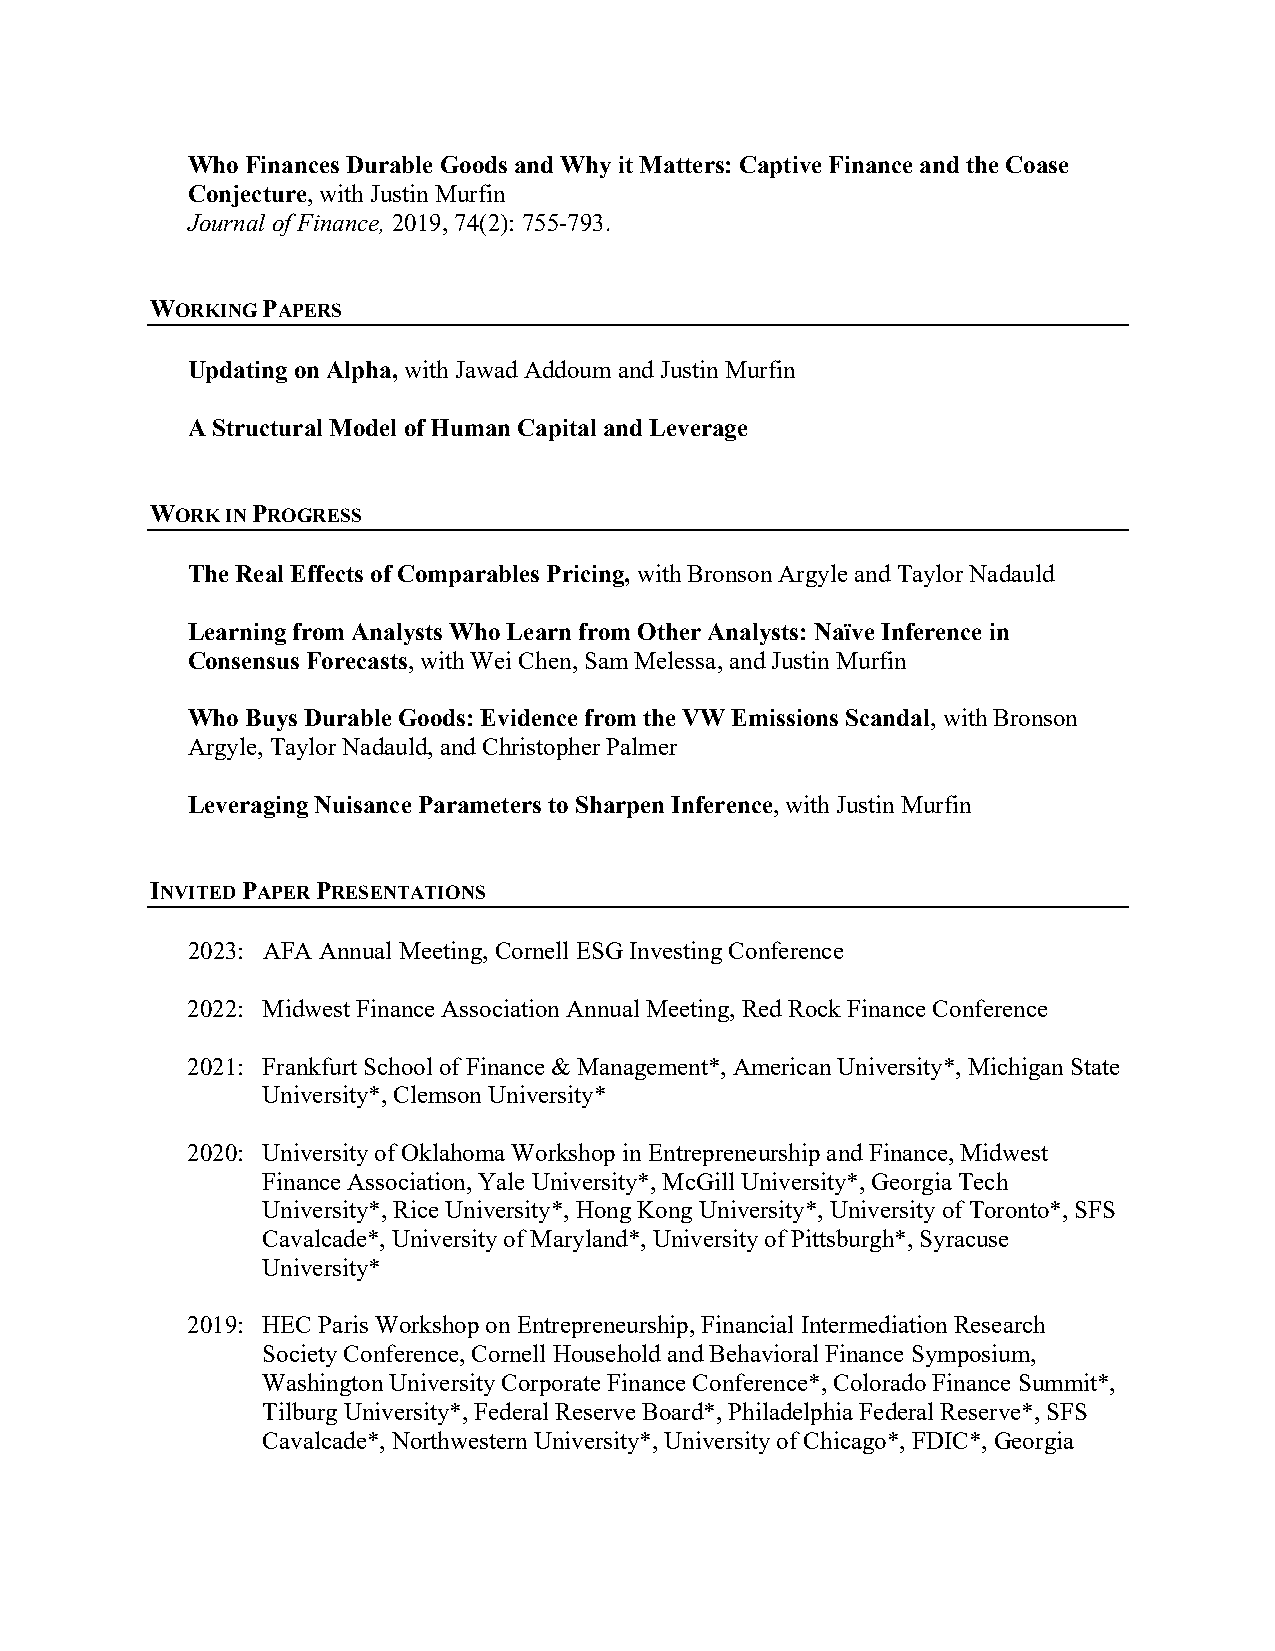
Who Finances Durable Goods and Why it Matters: Captive Finance and the Coase
 Conjecture, with Justin Murfin
 Journal of Finance, 2019, 74(2): 755-793.
 WORKING PAPERS
 Updating on Alpha, with Jawad Addoum and Justin Murfin
 A Structural Model of Human Capital and Leverage
 WORK IN PROGRESS
 The Real Effects of Comparables Pricing, with Bronson Argyle and Taylor Nadauld
 Learning from Analysts Who Learn from Other Analysts: Naïve Inference in
 Consensus Forecasts, with Wei Chen, Sam Melessa, and Justin Murfin
 Who Buys Durable Goods: Evidence from the VW Emissions Scandal, with Bronson
 Argyle, Taylor Nadauld, and Christopher Palmer
 Leveraging Nuisance Parameters to Sharpen Inference, with Justin Murfin
 INVITED PAPER PRESENTATIONS
 2023: AFA Annual Meeting, Cornell ESG Investing Conference
 2022: Midwest Finance Association Annual Meeting, Red Rock Finance Conference
 2021: Frankfurt School of Finance & Management*, American University*, Michigan State
 University*, Clemson University*
 2020: University of Oklahoma Workshop in Entrepreneurship and Finance, Midwest
 Finance Association, Yale University*, McGill University*, Georgia Tech
 University*, Rice University*, Hong Kong University*, University of Toronto*, SFS
 Cavalcade*, University of Maryland*, University of Pittsburgh*, Syracuse
 University*
 2019: HEC Paris Workshop on Entrepreneurship, Financial Intermediation Research
 Society Conference, Cornell Household and Behavioral Finance Symposium,
 Washington University Corporate Finance Conference*, Colorado Finance Summit*,
 Tilburg University*, Federal Reserve Board*, Philadelphia Federal Reserve*, SFS
 Cavalcade*, Northwestern University*, University of Chicago*, FDIC*, Georgia